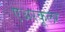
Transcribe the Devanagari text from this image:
एअरकूलर